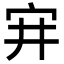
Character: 宑